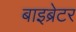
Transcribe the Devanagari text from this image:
बाइब्रेटर